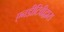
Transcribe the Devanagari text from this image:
एनडीटिवीद्वारा